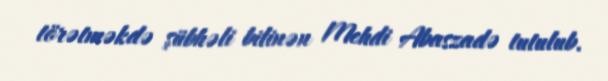
törətməkdə şübhəli bilinən Mehdi Abaszadə tutulub.